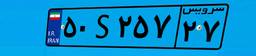
۴۷S۸۰۴۳۸